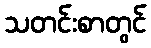
သတင်းစာတွင်